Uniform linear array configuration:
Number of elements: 16
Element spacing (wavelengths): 1
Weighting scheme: hann
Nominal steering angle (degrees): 0
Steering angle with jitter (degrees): -1.418
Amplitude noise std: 0.05
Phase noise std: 0.05

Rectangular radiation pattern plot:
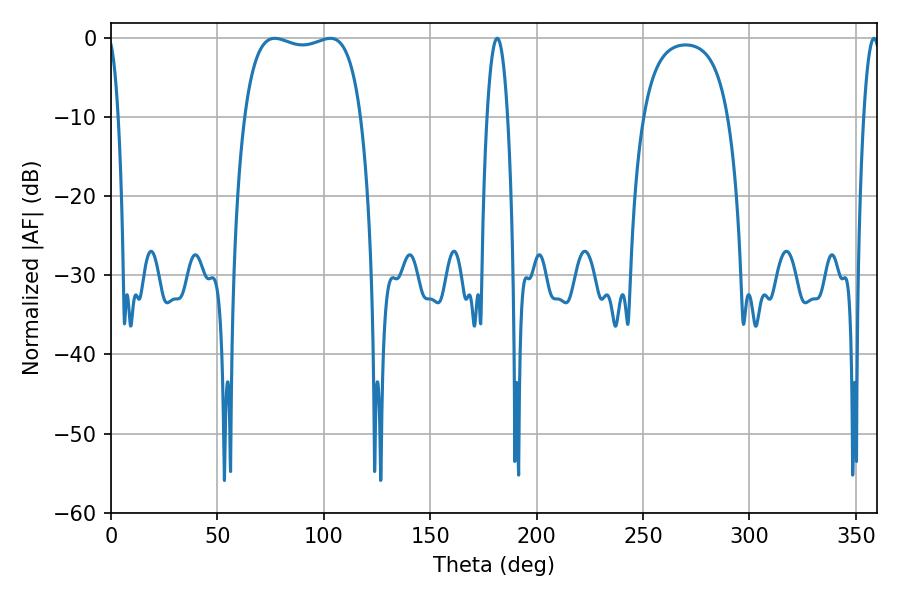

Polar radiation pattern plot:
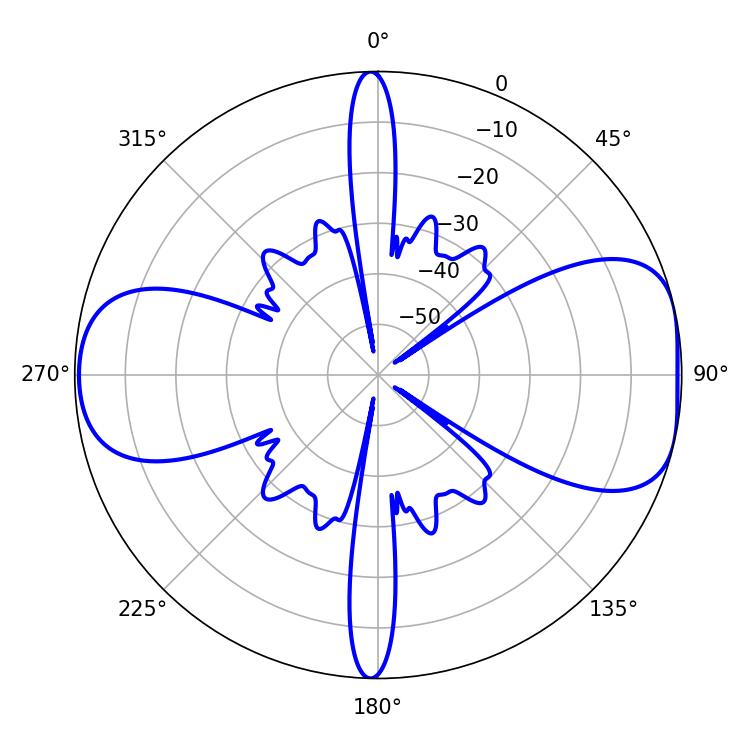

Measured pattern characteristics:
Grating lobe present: TRUE
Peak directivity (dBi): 7.923
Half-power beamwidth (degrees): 44.28
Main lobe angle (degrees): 77.04